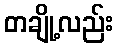
တချို့လည်း